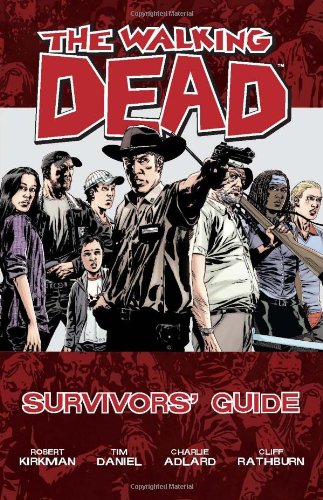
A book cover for The Walking Dead Survivors Guide TP; Tim Daniel; Comics & Graphic Novels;